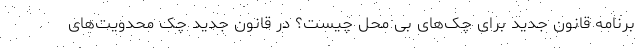
برنامه قانون جدید برای چک‌های بی محل چیست؟ در قانون جدید چک محدویت‌های